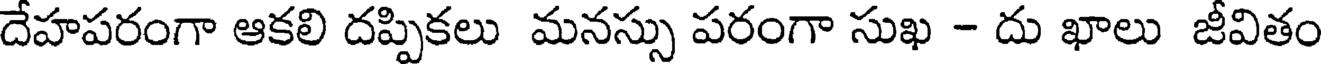
దేహపరంగా ఆకలి దప్పికలు మనస్సు పరంగా సుఖ - దు ఖాలు జీవితం